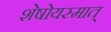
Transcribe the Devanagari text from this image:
शेषोयस्मात्